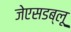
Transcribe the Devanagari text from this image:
जेएसडब्लू